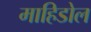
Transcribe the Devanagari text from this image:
माहिडोल